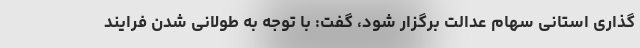
گذاری استانی سهام عدالت برگزار شود، گفت: با توجه به طولانی شدن فرایند